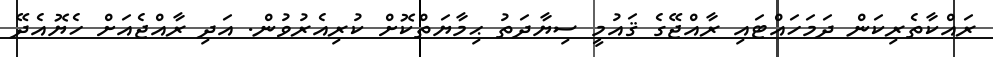
ރައްކާތެރިކަން ދަމަހައްޓައި ރާއްޖޭގެ ޤައުމީ ސިޔާދަތު ޙިމާޔަތްކޮށް ކުރިއެރުވުން. އަދި ރާއްޖެއަށް ހެޔޮއެދޭ